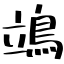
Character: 鴗